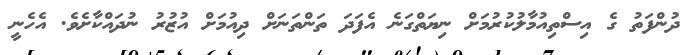
ދުންފަތު ގެ އިސްތިއުމާލުކުރުމަށް ނިޔަތްގަނެ އެފަދަ ތަންތަނަށް ދިއުމަށް އުޒުރު ނުދައްކާށެވެ. އެހެނީ